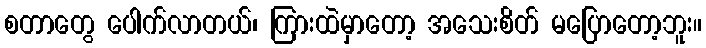
စတာတွေ ပေါက်လာတယ်၊ ကြားထဲမှာတော့ အသေးစိတ် မပြောတော့ဘူး။